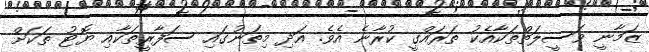
ޒަމާނީ ވަސީލަތްތަކާއެކު ތަރައްގީ ކުރާނެ އެވެ. އަދި މިތަނުގައި ސަފާރީތަކާއި ޔޮޓު ތަކަށް